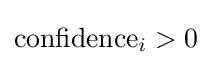
\mathrm {confidence} _{i}>0